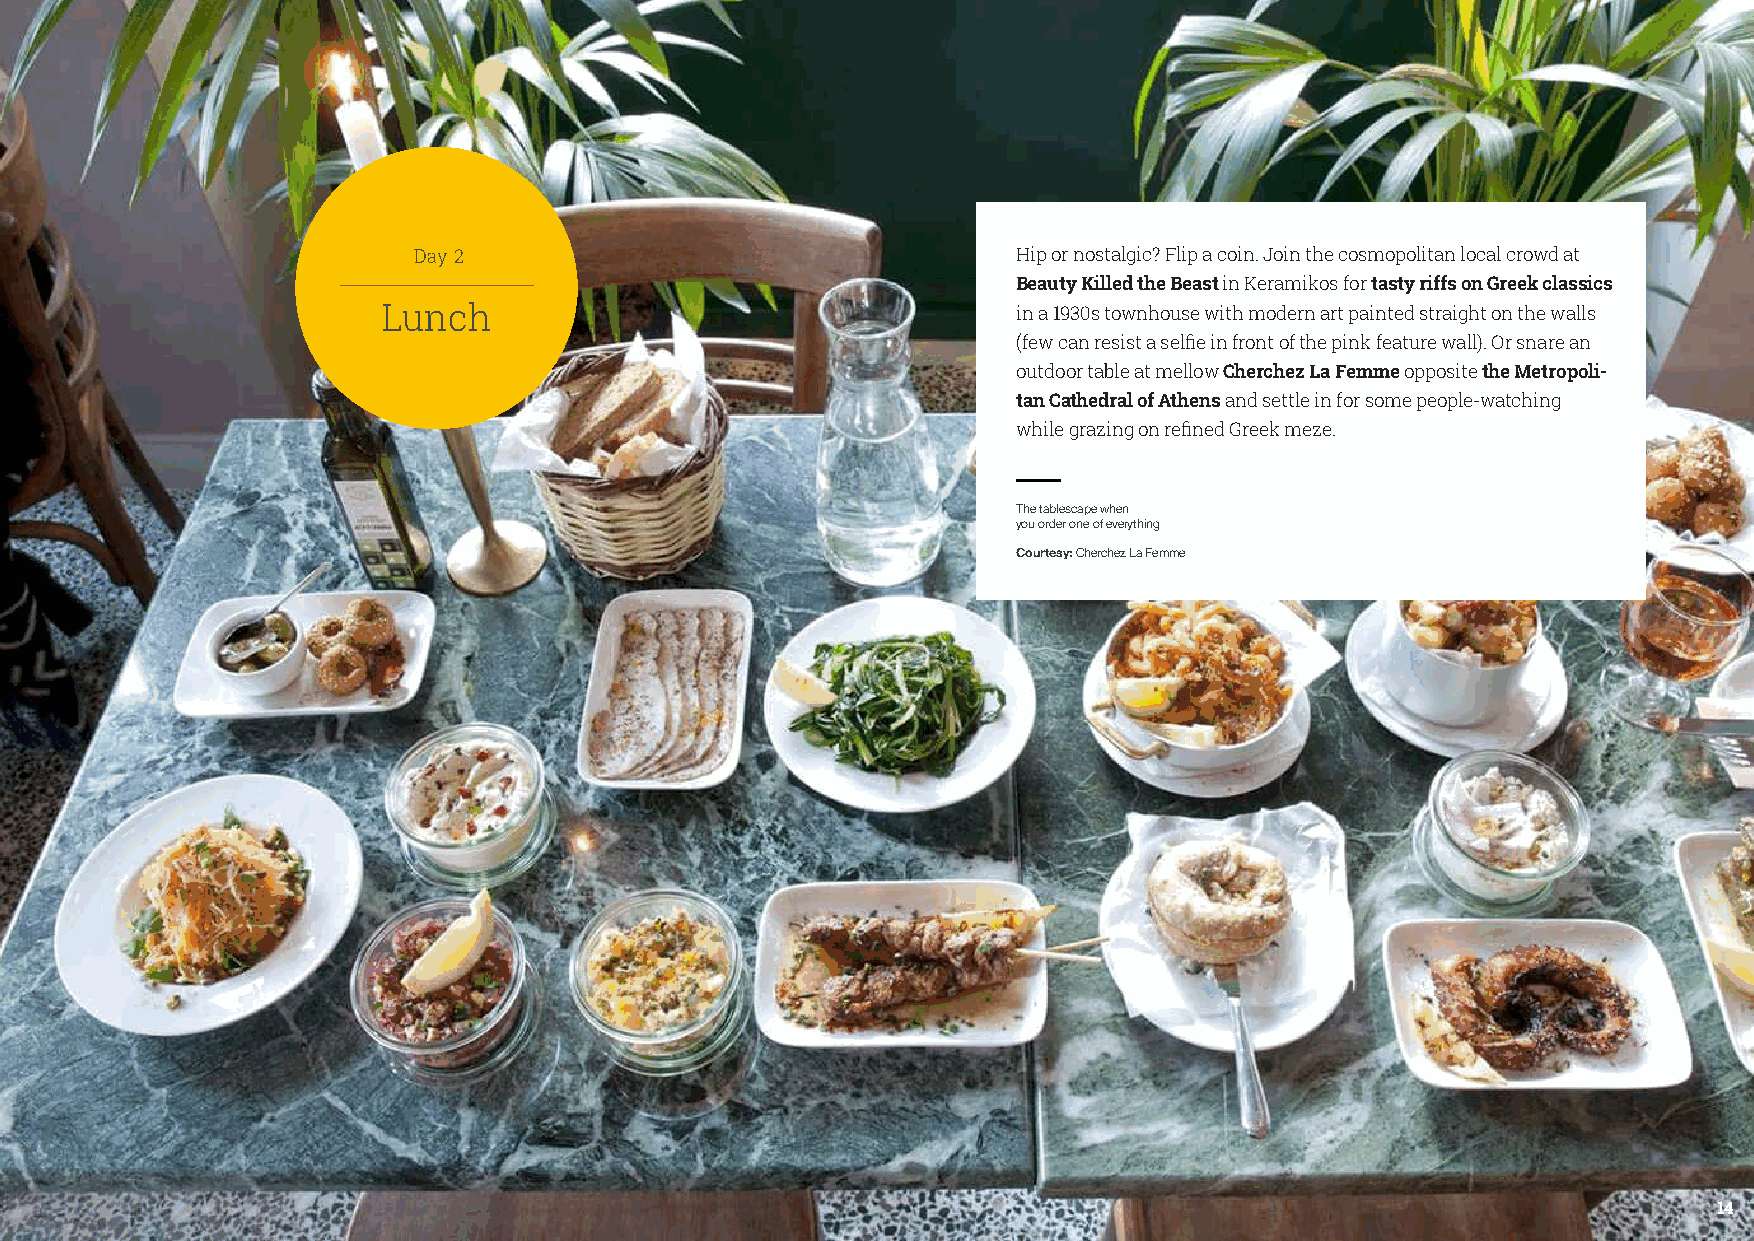
2                                    Hip or nostalgic? Flip a coin. Join the cosmopolitan local crowd at
 Beauty Killed the Beast in Keramikos for tasty riffs on Greek classics
 Lunch                                     in a 1930s townhouse with modern art painted straight on the walls
 (few can resist a selfie in front of the pink feature wall). Or snare an
 outdoor table at mellow Cherchez La Femme opposite the Metropoli-
 tan Cathedral of Athens and settle in for some people-watching
 while grazing on refined Greek meze.
 The tablescape when
 you order one of everything
 Courtesy: Cherchez La Femme
 14